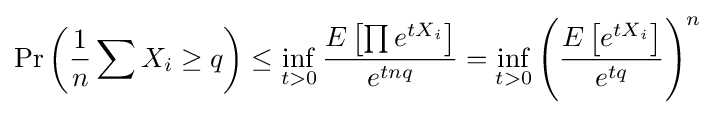
\Pr \left({\frac {1}{n}}\sum X_{i}\geq q\right)\leq \inf _{t>0}{\frac {E\left[\prod e^{tX_{i}}\right]}{e^{tnq}}}=\inf _{t>0}\left({\frac {E\left[e^{tX_{i}}\right]}{e^{tq}}}\right)^{n}